Madras plague regulations and rules - Volume 1
Disease focus: Plague
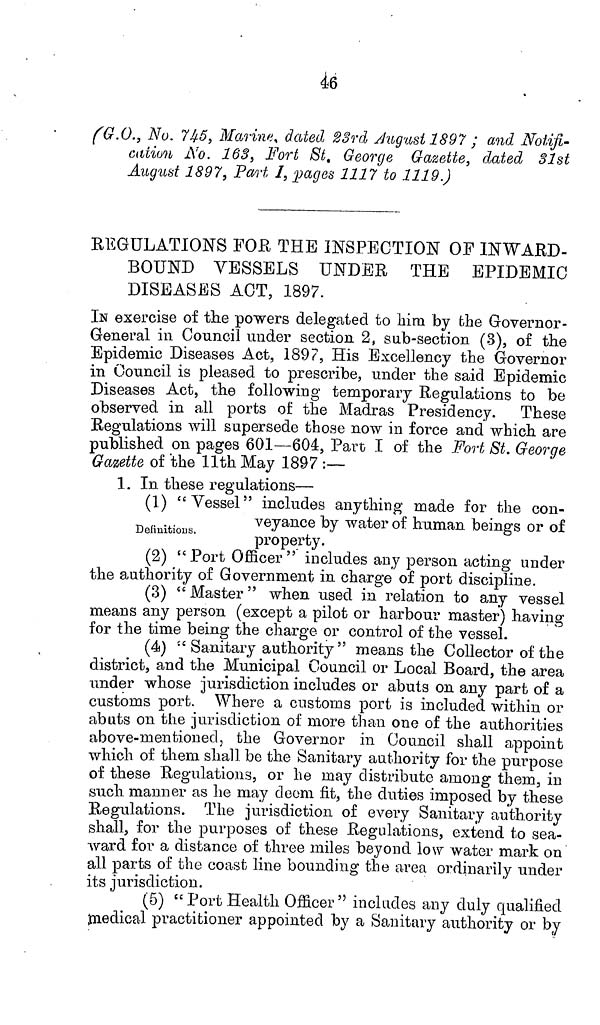
46
(G.O., No. 745, Marine, dated 23rd August 1897 ; and Notifi-
Gdiion No. 163, Fort St. George Gazette, dated 31st
August 1897, Part 1, pages 1117 to 1119.)
REGULATIONS FOR THE INSPECTION OF INWARD-
BOUND VESSELS UNDER THE EPIDEMIC
DISEASES ACT, 1897.
IN exercise of the powers delegated to him by the Governor-
General in Council under section 2, sub-section (3), of the
Epidemic Diseases Act, 1897, His Excellency the Governor
in Council is pleased to prescribe, under the said Epidemic
Diseases Act, the following temporary Regulations to be
observed in all ports of the Madras Presidency. These
Regulations will supersede those now in force and which are
published on pages 601—604, Part I of the Fort St. George
Gazette of the 11th May 1897 :—
1. In these regulations—
(1) "Vessel" includes anything made for the con-
veyance
by water of human be
Definitions.
property.
(2) "Port Officer" includes any person acting under
the authority of Government in charge of port discipline.
(3) "Master" when used in relation to any vessel
means any person (except a pilot or harbour master) having
for the time being the charge or control of the vessel.
(4) " Sanitary authority " means the Collector of the
district, and the Municipal Council or Local Board, the area
under whose jurisdiction includes or abuts on any part of a
customs port. Where a customs port is included within or
abuts on the jurisdiction of more than one of the authorities
above-mentioned, the Governor in Council shall appoint
which of them shall be the Sanitary authority for the purpose
of these Regulations, or he may distribute among them, in
such manner as he may deem fit, the duties imposed by these
Regulations. The jurisdiction of every Sanitary authority
shall, for the purposes of these Regulations, extend to sea-
ward for a distance of three miles beyond low water mark on
all parts of the coast line bounding the area ordinarily under
its jurisdiction.
(5) "Port Health Officer" includes any duly qualified
medical practitioner appointed by a Sanitary authority or by